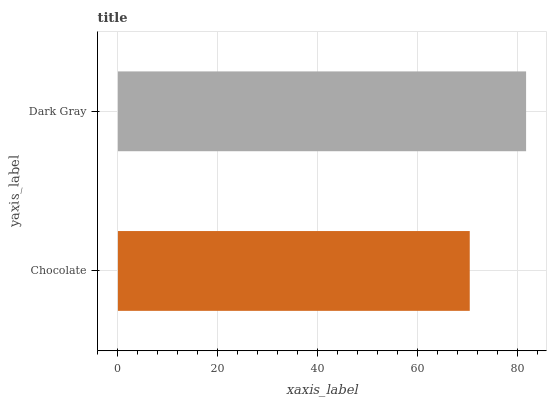
| yaxis_label | bars |
 | --- | --- |
 | Chocolate | 70.4 |
 | Dark Gray | 81.6 |